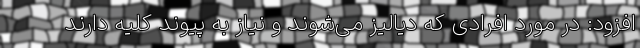
افزود: در مورد افرادی که دیالیز می‌شوند و نیاز به پیوند کلیه دارند